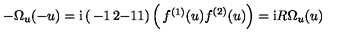
- \Omega _ { u } ( - u ) = \mathrm { i } \left( \begin{matrix} { - 1 } & { 2 } \\ { - 1 } & { 1 } \\ \end{matrix} \right) \left( \begin{matrix} { f ^ { ( 1 ) } ( u ) } \\ { f ^ { ( 2 ) } ( u ) } \\ \end{matrix} \right) = \mathrm { i } R \Omega _ { u } ( u )